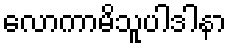
လောကာမိသူပါဒါနာ